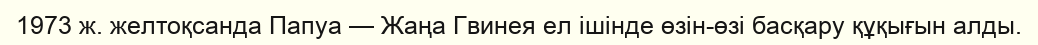
1973 ж. желтоқсанда Папуа — Жаңа Гвинея ел ішінде өзін-өзі басқару құқығын алды.